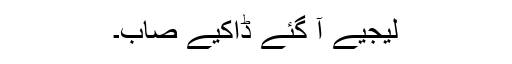
لیجیے آ گئے ڈاکیے صاب۔